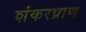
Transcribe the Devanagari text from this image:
शंकरप्राण